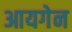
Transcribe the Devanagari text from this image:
आयगेन